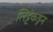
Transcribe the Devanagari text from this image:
लिट्टेकडून